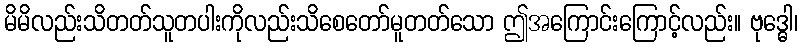
မိမိလည်းသိတတ်သူတပါးကိုလည်းသိစေတော်မူတတ်သော ဤအကြောင်းကြောင့်လည်း။ ဗုဒ္ဓေါ၊